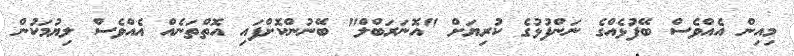
މިއިން އެއްވެސް ބޭފުޅެއްގެ ނަންފުޅުގެ ކުރިޔަށް "އޮނަރަބްލް" ބޭނުންކޮށްފައި އޮތްތަނެއް އެއްވެސް ލިޔުމަކުން